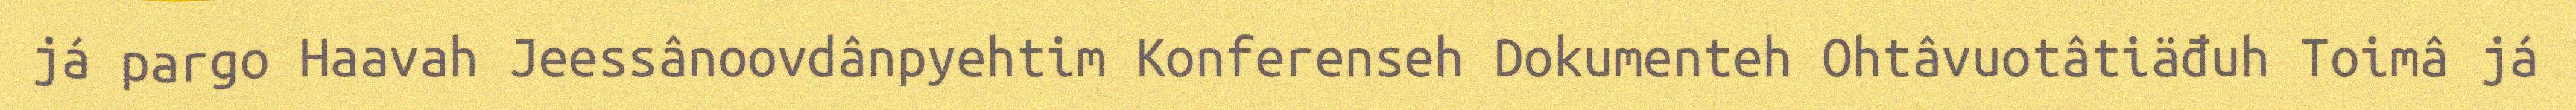
já pargo Haavah Jeessânoovdânpyehtim Konferenseh Dokumenteh Ohtâvuotâtiäđuh Toimâ já